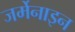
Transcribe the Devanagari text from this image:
जर्मेनाइन